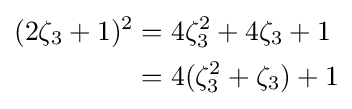
{\begin{aligned}(2\zeta _{3}+1)^{2}&=4\zeta _{3}^{2}+4\zeta _{3}+1\\&=4(\zeta _{3}^{2}+\zeta _{3})+1\end{aligned}}